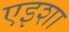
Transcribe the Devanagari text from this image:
एइशा